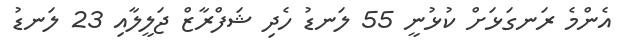
އެންމެ ރަނގަޅަށް ކުޅުނީ 55 ލަނޑު ހެދި ޝަފްރާޒް ޖަލީލާއި 23 ލަނޑު